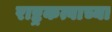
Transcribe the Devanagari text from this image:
राष्ट्रकत्वाच्या